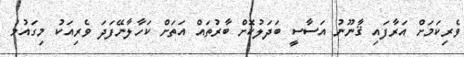
ވެރިކަމަށް އަރާފައި ޤާނޫނު އަސާސީ ބަދަލުކޮށް ބާރުތައް އަތަށް ކަހާލާނޭފަދަ ވެރިއަކު މިގައުމު